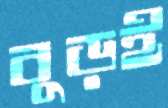
বুড়ই